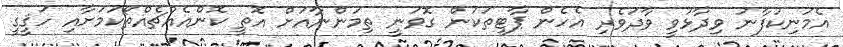
އެމަނިކުފާނު ވިދާޅުވީ ވާދަވެރި އެހެން ޕާޓީތަކުން ގޮވަނީ ތިމަންނާއަށް އޮތީ ކޮންއެއްޗެއްތޯކަމަށާއި ހަޤީގީ